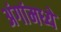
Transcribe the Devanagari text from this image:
अंगांमध्ये